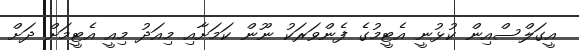
އީގަލްސްއިން ކުޅުނީ އެޓީމުގެ ފެންވަރަކު ނޫން ކަމަށާއި މިއަދު މިއީ އެޓީމަށް ދަށް